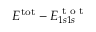
E ^ { \mathrm { t o t } } - E _ { 1 s 1 s } ^ { \textrm { t o t } }